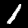
Label: 1